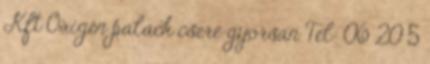
Kft Oxigén palack csere gyorsan Tel: 06 20 5